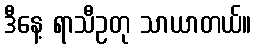
ဒီနေ့ ရာသီဥတု သာယာတယ်။